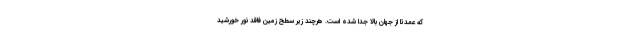
که عمدتا از جهان بالا جدا شده است. هرچند زیر سطح زمین فاقد نور خورشید